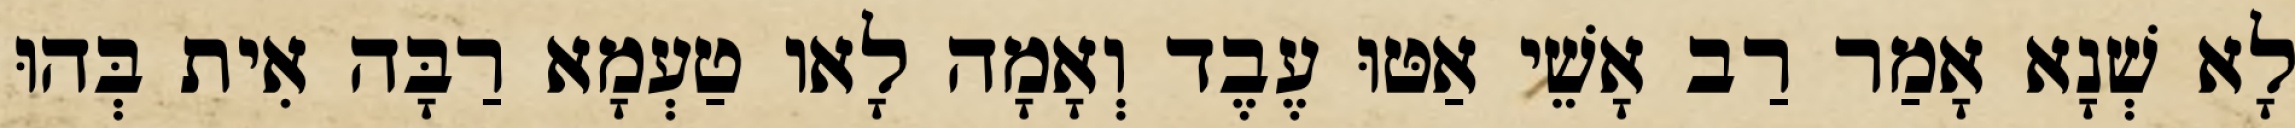
לָא שְׁנָא אָמַר רַב אָשֵׁי אַטּוּ עֶבֶד וְאָמָה לָאו טַעְמָא רַבָּה אִית בְּהוּ